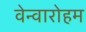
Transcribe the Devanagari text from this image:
वेन्वारोहम